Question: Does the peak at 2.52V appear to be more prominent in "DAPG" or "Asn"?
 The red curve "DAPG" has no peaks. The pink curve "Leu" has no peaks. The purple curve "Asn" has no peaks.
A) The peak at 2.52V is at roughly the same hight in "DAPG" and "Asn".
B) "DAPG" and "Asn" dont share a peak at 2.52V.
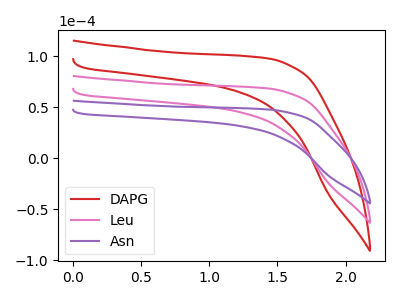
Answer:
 <answer>B) "DAPG" and "Asn" dont share a peak at 2.52V.</answer>
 <eval>B</eval>